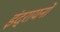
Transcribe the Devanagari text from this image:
इंद्रायनों